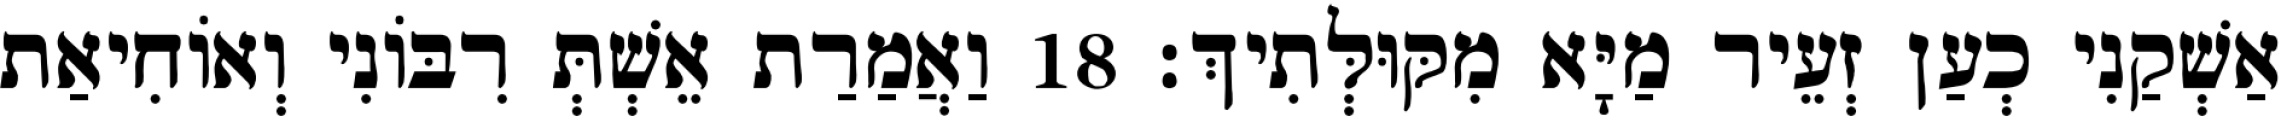
אַשְׁקַנִי כְעַן זְעֵיר מַיָּא מִקּוּלְּתִיךְ׃ 18 וַאֲמַרַת אֵשְׁתְּ רִבּוֹנִי וְאוֹחִיאַת